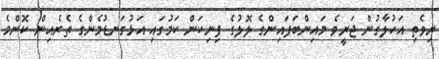
ރިވެތި އަހުލާގުން ޖަރީވެ މައިންބަފައިންގެ ލޮލުގެ ފިނިކަން ކަމުގައި އަޅުގަނޑުމެންގެ ތެރެއިން ކޮންމެ